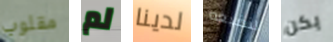
مقلوب لم لدينا لنضيعه يكن